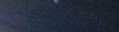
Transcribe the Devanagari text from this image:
चौघअड़िया